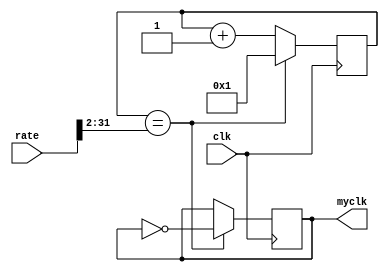
`timescale 1ns/1ps
module fdivider (
    input wire clk,
    input wire [31:0]rate,
    output wire myclk 
    ); 
    // ratef_newf_clkrate = f_clk / f_new
    reg inlineclk=1'b0; // 
    reg [31:0]cnt = 1'b1;
    wire [31:0]half_rate;
    // assign half_rate = rate >> 1'b0; // 12
    assign half_rate = rate >> 2; // 24posedge clk,clk
    assign myclk = inlineclk;

    // done_FIXME 1ns
    // ==> cnt+1else
    always@(posedge clk) begin  // 
        if(cnt == half_rate) begin
            inlineclk <= ~inlineclk;
            cnt <= 1'b1; 
        end
        else begin cnt <= cnt + 1'b1;end
    end
    
    // always@(clk) begin  //   
    //     if(cnt == half_rate) begin
    //         inlineclk = 1'b0;
    //     end else if (cnt==rate) begin 
    //         inlineclk = 1'b1;
    //         cnt = 1'b0; 
    //     end
    //     cnt = cnt + 1'b1;
    // end

endmodule